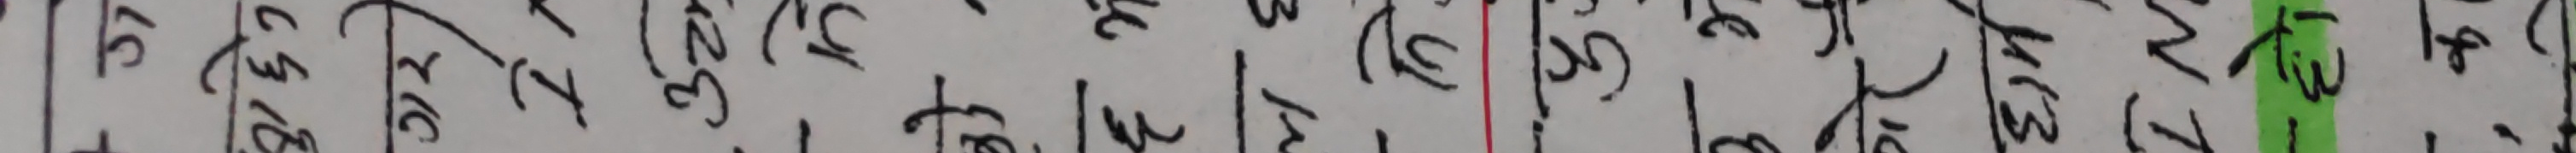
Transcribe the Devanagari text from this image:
७ १ ३ ५ ७ ८ ९ १ २ ३ ४ ५ ६ ७
१७ १८ १९ २० २१ २२ २३ २४ २५ २६ २७ २८ २९ ३०